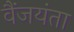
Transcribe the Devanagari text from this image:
वैंजयंता